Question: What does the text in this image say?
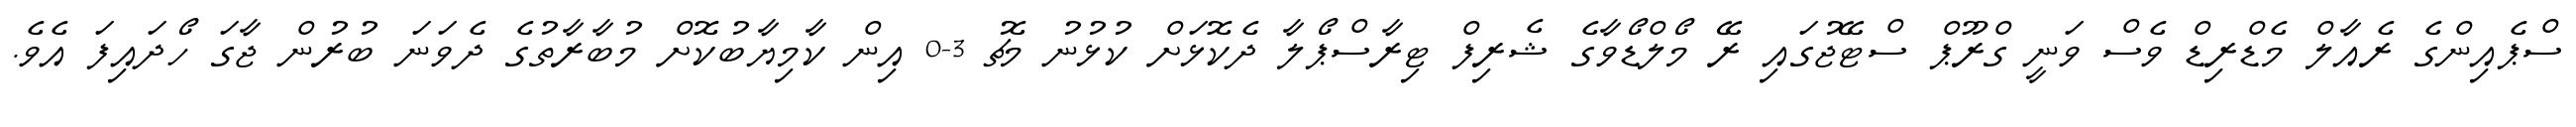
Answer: ސްޕެއިންގެ ރެއާލް މެޑްރިޑް ވެސް ވަނީ ގްރޫޕް ސްޓޭޖުގައި ރޭ މޯލްޑޯވާގެ ޝެރިފް ޓިރާސްޕޯލާ ދެކޮޅަށް ކުޅުނު މެޗު 3-0 އިން ކާމިޔާބުކޮށް މުބާރާތުގެ ދެވަނަ ބުރުން ޖާގަ ހޯދައިފަ އެވެ.